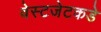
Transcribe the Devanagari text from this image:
वेस्टजेटकडे